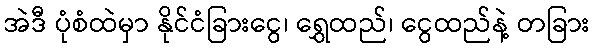
အဲဒီ ပုံစံထဲမှာ နိုင်ငံခြားငွေ၊ ရွှေထည်၊ ငွေထည်နဲ့ တခြား